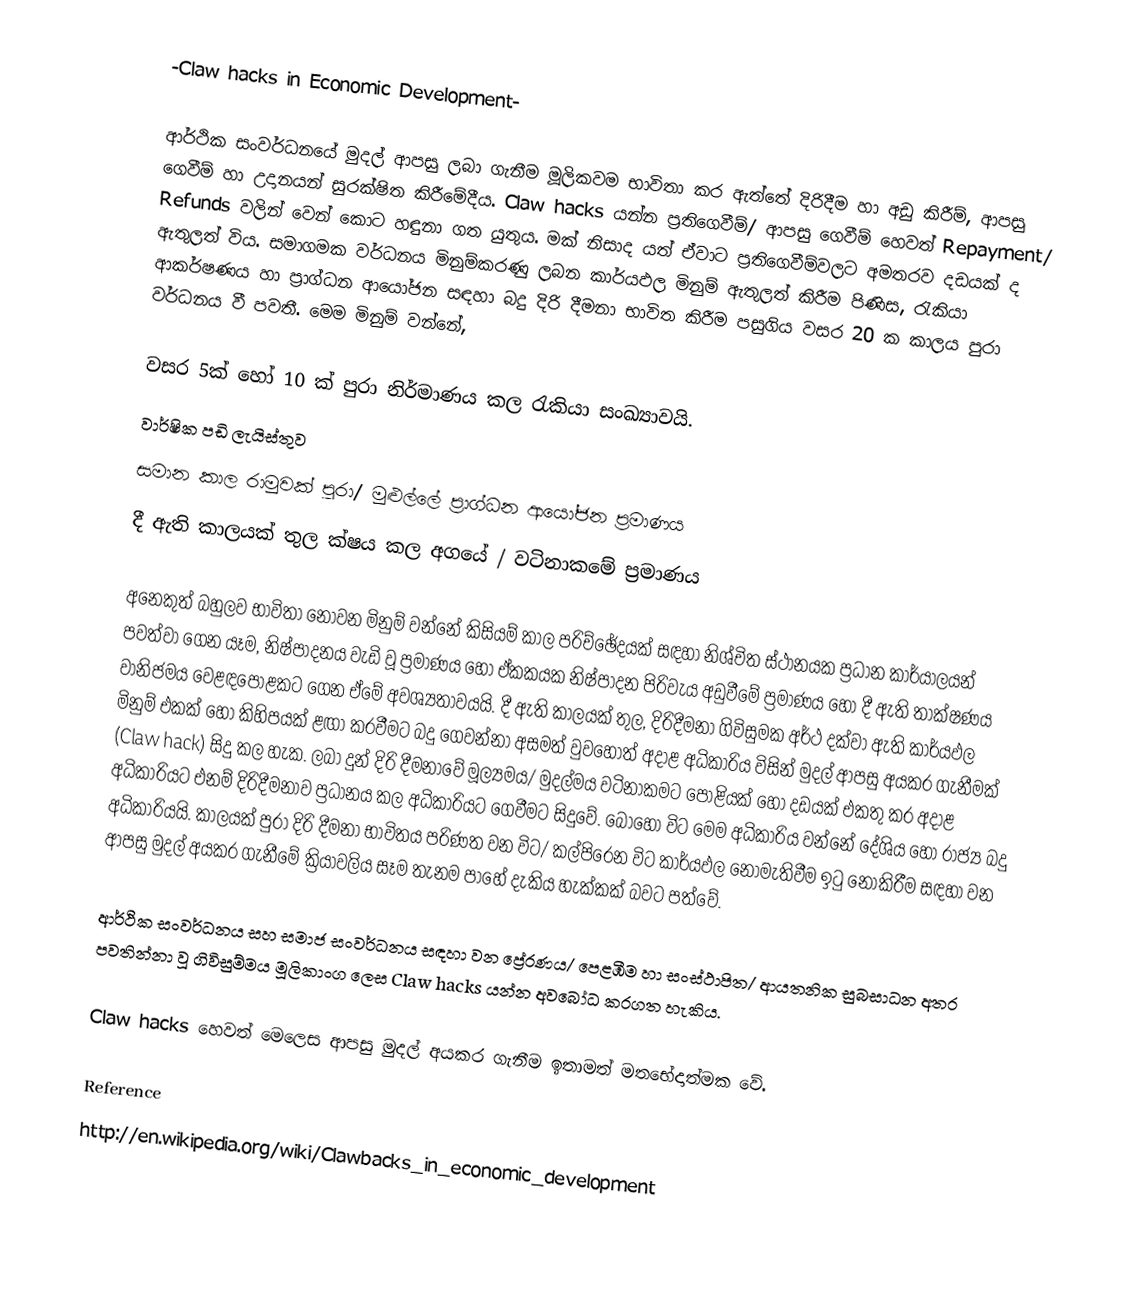
-Claw hacks in Economic Development-

ආර්ථික සංවර්ධනයේ මුදල් ආපසු ලබා ගැනීම මූලිකවම භාවිතා කර ඇත්තේ දිරිදීම හා අඩු කිරීම්, ආපසු ගෙවීම් හා උදානයන් සුරක්ෂිත කිරීමේදීය. Claw hacks යන්න ප්‍රතිගෙවීම්/ ආපසු ගෙවීම් හෙවත් Repayment/ Refunds වලින් වෙන් කොට හඳුනා ගත යුතුය. මක් නිසාද යත් ඒවාට ප්‍රතිගෙවීම්වලට අමතරව දඩයක් ද ඇතුලත් විය. සමාගමක වර්ධනය මිනුම්කරණු ලබන කාර්යඵල මිනුම් ඇතුලත් කිරීම පිණිස, රැකියා ආකර්ෂණය හා ප්‍රාග්ධන ආයෝජන සඳහ‍ා බදු දිරි දීමනා භාවිත කිරීම පසුගිය වසර 20 ක කාලය පුරා වර්ධනය වී පවතී. මෙම මිනුම් වන්නේ,

වසර 5ක් හෝ 10 ක් පුරා නිර්මාණය කල රැකියා සංඛ්‍යාවයි.
වාර්ෂික පඩි ලැයිස්තුව
සමාන කාල රාමුවක් පුරා/ මුළුල්ලේ ප්‍රාග්ධන ආයෝජන ප්‍රමාණය
දී ඇති කාලයක් තුල ක්ෂය කල අගයේ / වටිනාකමේ ප්‍රමාණය

අනෙකුත් බහුලව භාවිතා නොවන මිනුම් වන්නේ කිසියම් කාල පරිච්ඡේදයක් සඳහා නිශ්චිත ස්ථානයක ප්‍රධාන කාර්යාලයන් පවත්වා ගෙන යෑම, නිෂ්පාදනය වැඩි වූ ප්‍රමාණය හෝ ඒකකයක නිෂ්පාදන පිරිවැය අඩුවීමේ ප්‍රමාණය හෝ දී ඇති තාක්ෂණය වානිජමය වෙළඳපොළකට ගෙන ඒමේ අවශ්‍යතාවයයි. දී ඇති කාලයක් තුල, දිරිදීමනා ගිවිසුමක අර්ථ දක්වා ඇති කාර්යඵල මිනුම් එකක් හෝ කිහිපයක් ළඟා කරවීමට බදු ගෙවන්නා අසමත් වුවහොත් අදාළ අධිකාරිය විසින් මුදල් ආපසු අයකර ගැනීමක් (Claw hack) සිදු කල හැක. ලබා දුන් දිරි දීමනාවේ මූල්‍යමය/ මුදල්මය වටිනාකමට පොළියක් හෝ දඩයක් එකතු කර අදාළ අධිකාරියට එනම් දිරිදීමනාව ප්‍රධානය කල අධිකාරියට ගෙවීමට සිදුවේ. බොහෝ විට මෙම අධිකාරිය වන්නේ දේශිය හෝ රාජ්‍ය බදු අධිකාරියයි. කාලයක් පුරා දිරි දීමනා භාවිතය පරිණත වන විට/ කල්පිරෙන විට කාර්යඵල නොමැතිවීම ඉටු නොකිරීම සඳහා වන ආපසු මුදල් අයකර ගැනීමේ ක්‍රියාවලිය සෑම තැනම පාහේ දැකිය හැක්කක් බවට පත්වේ.

ආර්ථික සංවර්ධනය සහ සමාජ සංවර්ධනය සඳහා වන ප්‍රේරණය/ පෙළඹීම හා සංස්ථාපිත/ ආයතනික සුබසාධන අතර පවතින්නා වූ ගිවිසුම්මය මූලිකාංග ලෙස Claw hacks යන්න අවබෝධ කරගත හැකිය.

Claw hacks හෙවත් මෙලෙස ආපසු මුදල් අයකර ගැනීම ඉතාමත් මතභේදාත්මක වේ.

Reference
http://en.wikipedia.org/wiki/Clawbacks_in_economic_development